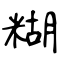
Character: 糊